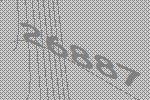
26887